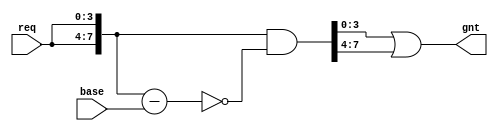
module arbiter_base #(
    parameter NUM_REQ = 4
)(
  input [NUM_REQ-1:0]    req,
  input [NUM_REQ-1:0]    base,
  output [NUM_REQ-1:0]    gnt
);

wire[2*NUM_REQ-1:0] double_req = {req,req};

wire[2*NUM_REQ-1:0] double_gnt = double_req & ~(double_req - {{NUM_REQ{1'b0}}, base});

assign gnt = double_gnt[NUM_REQ-1:0] | double_gnt[2*NUM_REQ-1:NUM_REQ];

endmodule